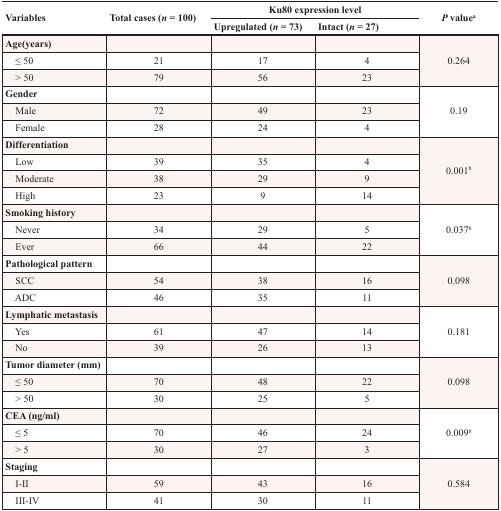
| <ROWSPAN=2> Variables | <ROWSPAN=2> Total cases (n = 100) | <COLSPAN=2> Ku80 expression level | <ROWSPAN=2> P valuea |
 | Upregulated (n = 73) | Intact (n = 27) |
 | --- | --- | --- | --- | --- |
 | Age(years) |  |  |  | <ROWSPAN=3> 0.264 |
 | ≤ 50 | 21 | 17 | 4 |
 | > 50 | 79 | 56 | 23 |
 | Gender |  |  |  | <ROWSPAN=3> 0.19 |
 | Male | 72 | 49 | 23 |
 | Female | 28 | 24 | 4 |
 | Differentiation |  |  |  | <ROWSPAN=4> 0.001b |
 | Low | 39 | 35 | 4 |
 | Moderate | 38 | 29 | 9 |
 | High | 23 | 9 | 14 |
 | Smoking history |  |  |  | <ROWSPAN=3> 0.037b |
 | Never | 34 | 29 | 5 |
 | Ever | 66 | 44 | 22 |
 | Pathological pattern |  |  |  | <ROWSPAN=3> 0.098 |
 | SCC | 54 | 38 | 16 |
 | ADC | 46 | 35 | 11 |
 | Lymphatic metastasis |  |  |  | <ROWSPAN=3> 0.181 |
 | Yes | 61 | 47 | 14 |
 | No | 39 | 26 | 13 |
 | Tumor diameter (mm) |  |  |  | <ROWSPAN=3> 0.098 |
 | ≤ 50 | 70 | 48 | 22 |
 | > 50 | 30 | 25 | 5 |
 | CEA (ng/ml) |  |  |  | <ROWSPAN=3> 0.009b |
 | ≤ 5 | 70 | 46 | 24 |
 | > 5 | 30 | 27 | 3 |
 | Staging |  |  |  | <ROWSPAN=3> 0.584 |
 | I-II | 59 | 43 | 16 |
 | III-IV | 41 | 30 | 11 |